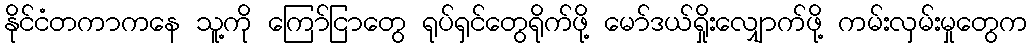
နိုင်ငံတကာကနေ သူ့ကို ကြော်ငြာတွေ ရုပ်ရှင်တွေရိုက်ဖို့ မော်ဒယ်ရှိုးလျှောက်ဖို့ ကမ်းလှမ်းမှုတွေက